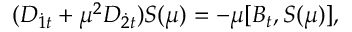
( D _ { { \dot { 1 } } t } + \mu ^ { 2 } { \cal D } _ { { \dot { 2 } } t } ) S ( \mu ) = - \mu [ B _ { t } , S ( \mu ) ] ,